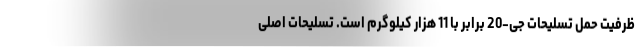
ظرفیت حمل تسلیحات جی-20 برابر با 11 هزار کیلوگرم است. تسلیحات اصلی